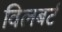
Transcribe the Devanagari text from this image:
विलबर्ट